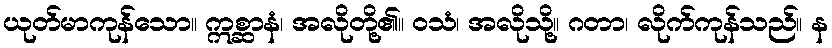
ယုတ်မာကုန်သော။ ဣစ္ဆာနံ၊ အလိုတို့၏။ ဝသံ၊ အလိုသို့။ ဂတာ၊ လိုက်ကုန်သည်။ န